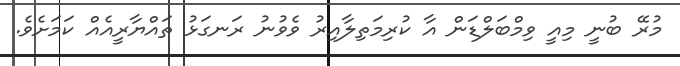
މުރޭ ބުނީ މިއީ ވިމްބަލްޑަން އާ ކުރިމަތިލާއިރު ވެވުނު ރަނގަޅު ތައްޔާރީއެއް ކަމަށެވެ.